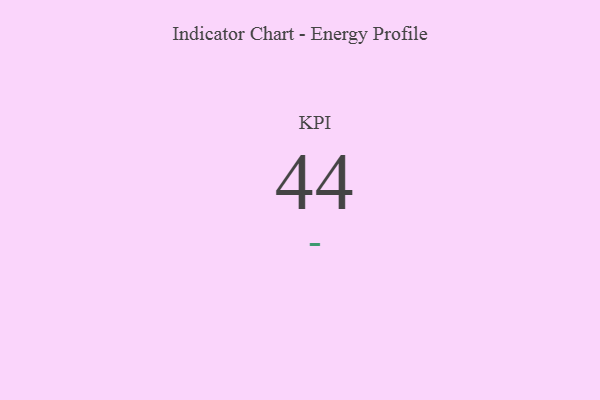
{"axis": {"x": "KPI", "y": "Value"}, "legend": [""], "data": [{"x": "KPI", "y": 44, "type": ""}]}